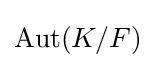
\operatorname {Aut} (K/F)